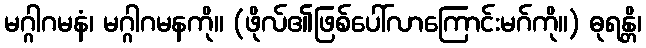
မဂ္ဂါဂမနံ၊ မဂ္ဂါဂမနကို။ (ဖိုလ်၏ဖြစ်ပေါ်လာကြောင်းမဂ်ကို။) ဓုရန္တိ၊